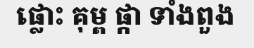
ផ្លោះ គុម្ព ផ្កា ទាំងពួង